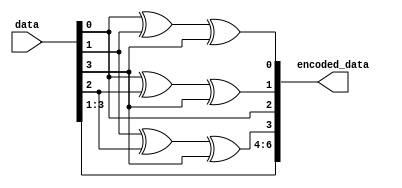
module hamming_encoder(input [3:0] data, output [6:0] encoded_data);
    // Calculate parity bits
    assign encoded_data[0] = data[0] ^ data[1] ^ data[3];
    assign encoded_data[1] = data[0] ^ data[2] ^ data[3];
    assign encoded_data[2] = data[0];
    assign encoded_data[3] = data[1] ^ data[2] ^ data[3];
    assign encoded_data[4] = data[1];
    assign encoded_data[5] = data[2];
    assign encoded_data[6] = data[3];
endmodule